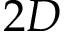
2 D